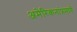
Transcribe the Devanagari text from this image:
अमेरिकनांप्रमाणे